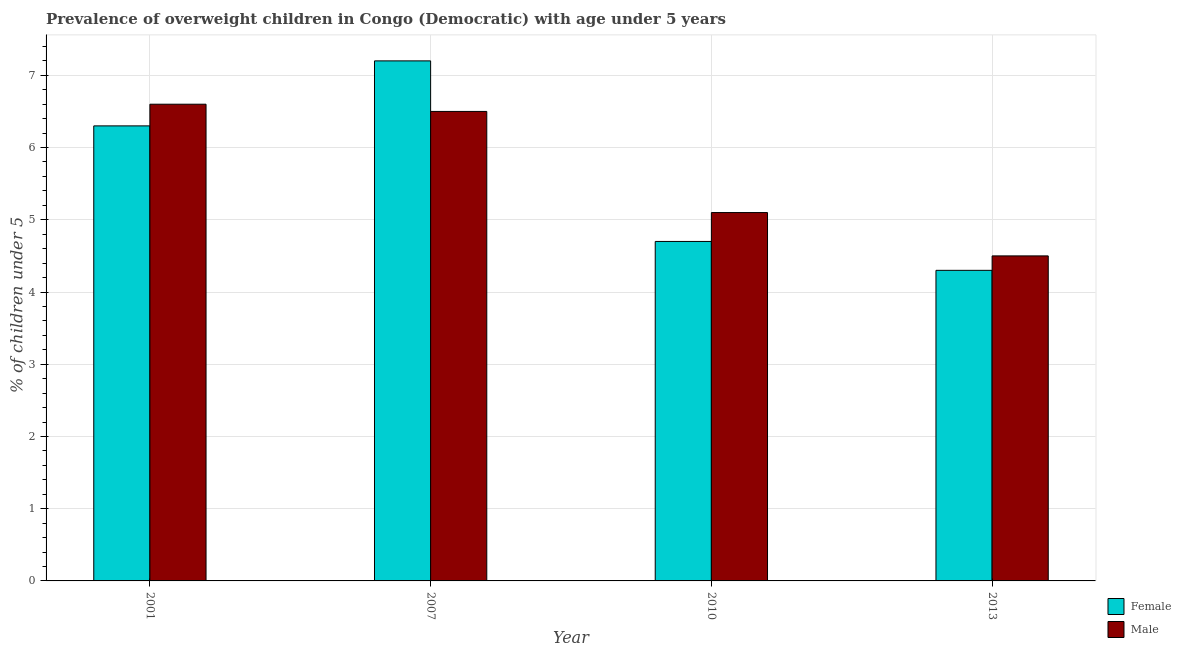
| Year | Female | Male |
 | --- | --- | --- |
 | 2001 | 6.3 | 6.6 |
 | 2007 | 7.2 | 6.5 |
 | 2010 | 4.7 | 5.1 |
 | 2013 | 4.3 | 4.5 |